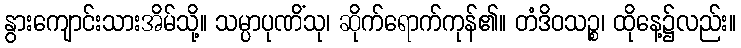
နွားကျောင်းသားအိမ်သို့။ သမ္ပာပုဏိံသု၊ ဆိုက်ရောက်ကုန်၏။ တံဒိဝသဉ္စ၊ ထိုနေ့၌လည်း။